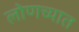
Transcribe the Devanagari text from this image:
लोणच्यात